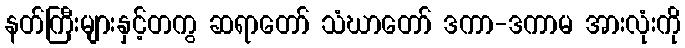
နတ်ကြီးများနှင့်တကွ ဆရာတော် သံဃာတော် ဒကာ-ဒကာမ အားလုံးကို